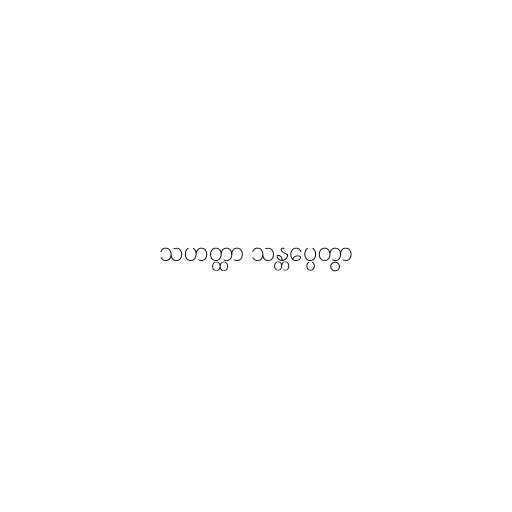
သဟတ္ထာ သန္တပ္ပေတွာ